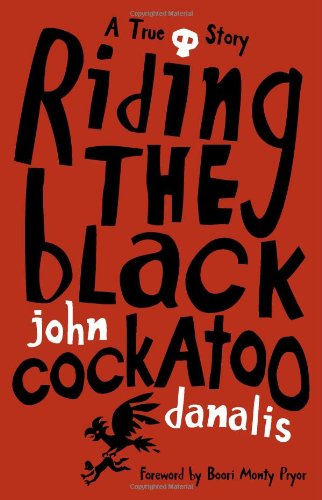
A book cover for Riding the Black Cockatoo; John Danalis; Teen & Young Adult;